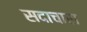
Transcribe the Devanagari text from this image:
सदाचारा